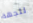
للجهة